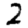
Digit: 2